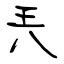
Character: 兲